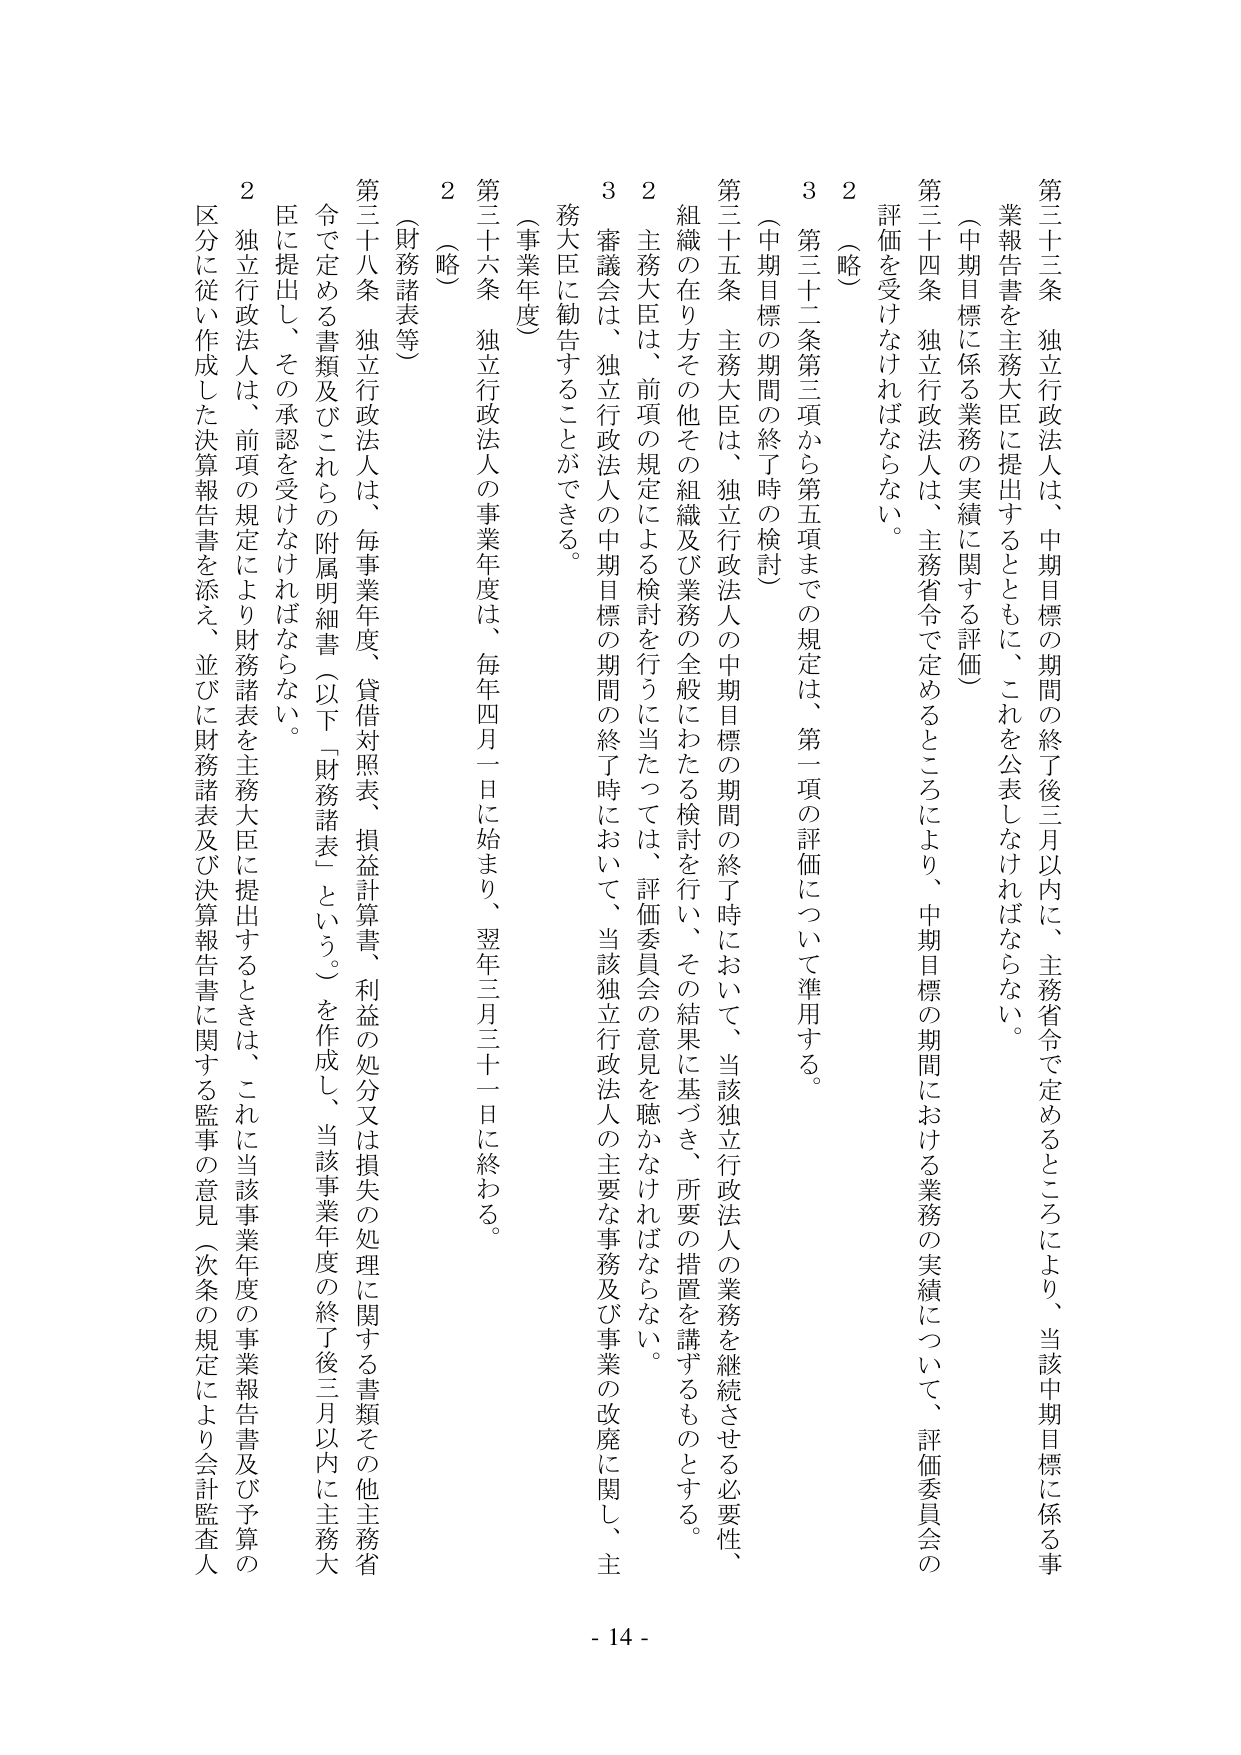
第三十三条　独立行政法人は、中期目標の期間の終了後三月以内に、主務省令で定めるところにより、当該中期目標に係る事業報告書を主務大臣に提出するとともに、これを公表しなければならない。

（中期目標に係る業務の実績に関する評価）

第三十四条　独立行政法人は、主務省令で定めるところにより、中期目標の期間における業務の実績について、評価委員会の評価を受けなければならない。

２　（略）

３　第三十二条第三項から第五項までの規定は、第一項の評価について準用する。

（中期目標の期間の終了時の検討）

第三十五条　主務大臣は、独立行政法人の中期目標の期間の終了時において、当該独立行政法人の業務を継続させる必要性、組織の在り方その他その組織及び業務の全般にわたる検討を行い、その結果に基づき、所要の措置を講ずるものとする。

２　主務大臣は、前項の規定による検討を行うに当たっては、評価委員会の意見を聴かなければならない。

３　審議会は、独立行政法人の中期目標の期間の終了時において、当該独立行政法人の主要な事務及び事業の改廃に関し、主務大臣に勧告することができる。

（事業年度）

第三十六条　独立行政法人の事業年度は、毎年四月一日に始まり、翌年三月三十一日に終わる。

２　（略）

（財務諸表等）

第三十八条　独立行政法人は、毎事業年度、貸借対照表、損益計算書、利益の処分又は損失の処理に関する書類その他主務省令で定める書類及びこれらの附属明細書（以下「財務諸表」という。）を作成し、当該事業年度の終了後二月以内に主務大臣に提出し、その承認を受けなければならない。

２　独立行政法人は、前項の規定により財務諸表を主務大臣に提出するときは、これに当該事業年度の事業報告書及び予算の区分に従い作成した決算報告書を添え、並びに財務諸表及び決算報告書に関する監事の意見（次条の規定により会計監査人

- 14 -